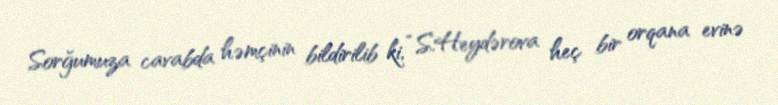
Sorğumuza cavabda həmçinin bildirilib ki, “S.Heydərova heç bir orqana evinə